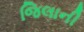
જિલાની